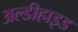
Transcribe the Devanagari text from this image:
अल्डीहाइड